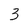
Character: 3